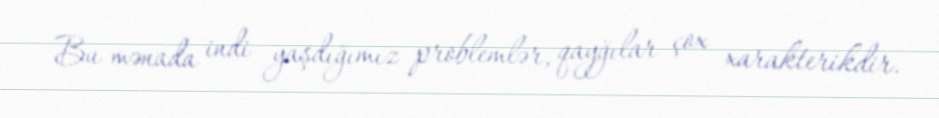
Bu mənada indi yaşdığımız problemlər, qayğılar çox xarakterikdir.